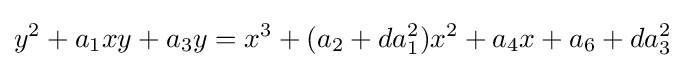
y^{2}+a_{1}xy+a_{3}y=x^{3}+(a_{2}+da_{1}^{2})x^{2}+a_{4}x+a_{6}+da_{3}^{2}